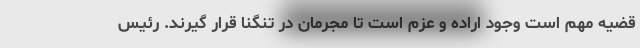
قضیه مهم است وجود اراده و عزم است تا مجرمان در تنگنا قرار گیرند. رئیس